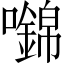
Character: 𡄎